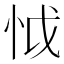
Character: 怴